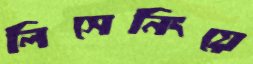
লিসেনিংয়ে